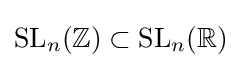
\mathrm {SL} _{n}(\mathbb {Z} )\subset \mathrm {SL} _{n}(\mathbb {R} )